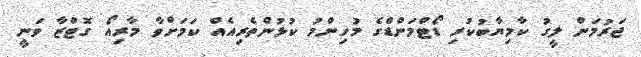
ޖަރުމަން ލީގު ކާމިޔާބުކުރި ޑޯޓްމަންޑްގެ މުހިންމު ކުޅުންތެރިއެއް ކަމަށްވާ މާރިއޯ ގޮޓްޒާ ވަނީ